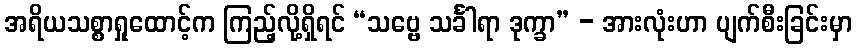
အရိယသစ္စာရှုထောင့်က ကြည့်လို့ရှိရင် “သဗ္ဗေ သင်္ခါရာ ဒုက္ခာ” - အားလုံးဟာ ပျက်စီးခြင်းမှာ